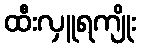
ထီးလှူရကျိုး